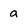
Character: a